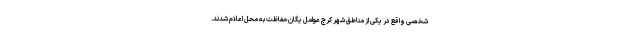
شخصی واقع در یکی از مناطق شهر کرج عوامل یگان‌حفاظت به محل اعلام شدند.